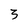
Character: 3